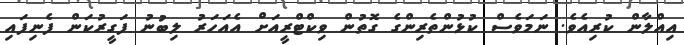
އިއްލާން ކުރިއެވެ. ނަމަވެސް ކުޅުންތެރިންގެ ގޮތުން ވިކްޓްރީއަށް އެއަހަރު ލިބުނު ފަގީރުކަން ފެނިފައި